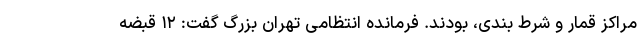
مراکز قمار و شرط بندی، بودند. فرمانده انتظامی تهران بزرگ گفت: ۱۲ قبضه